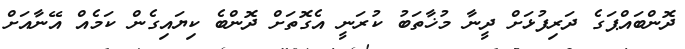
ދޮންބައްޕަގެ ދަރިފުޅަށް ދީނާ މުޚާތަބު ކުރަނީ އެގޮތަށް ދޮންބެ ކިޔައިގެން ކަމެއް އޭނާއަށް